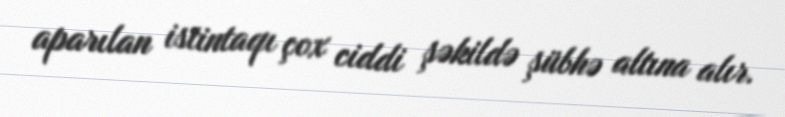
aparılan istintaqı çox ciddi şəkildə şübhə altına alır.